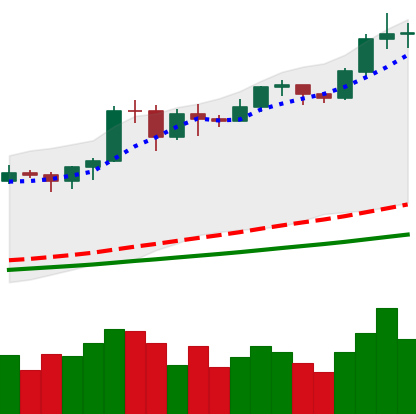
Ticker: BTC-USD
Chart end date: 2020-11-19
Forward return: 7.242%
Label: up_7plus